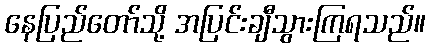
နေပြည်တော်သို့ အပြင်းချီသွားကြရသည်။